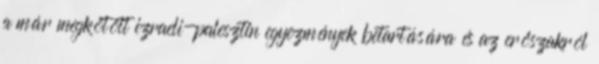
a már megkötött izraeli-palesztin egyezmények betartására és az erőszakról